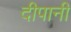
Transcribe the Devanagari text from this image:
दीपानी